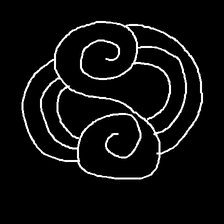
Glyph: wind-underfoot